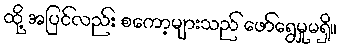
ထို့ အပြင်လည်း စကော့များသည် ဖော်ရွေမှုမရှိ။